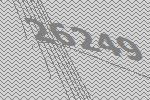
26249